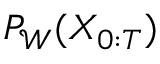
P _ { \mathcal { W } } ( X _ { 0 : T } )